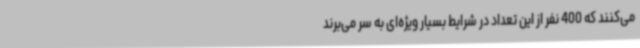
می‌کنند که 400 نفر از این تعداد در شرایط بسیار ویژه‌ای به سر می‌برند